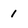
Character: 1